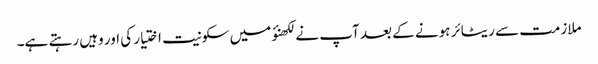
ملازمت سے ریٹائر ہونے کے بعد آپ نے لکھنؤ میں سکونیت اختیار کی اور وہیں رہتے ہے۔